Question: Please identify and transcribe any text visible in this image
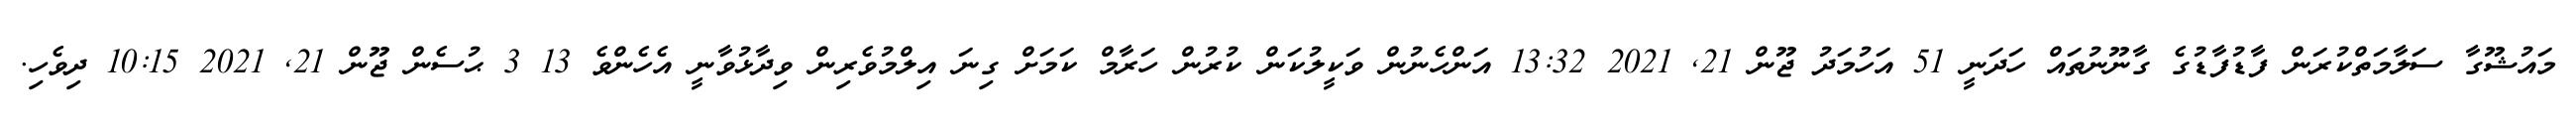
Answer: މައުޝޫގާ ސަލާމަތްކުރަން ފާޑުފާޑުގެ ގާނޫނުތައް ހަދަނީ 51 އަހުމަދު ޖޫން 21, 2021 13:32 އަންހެނުން ވަކީލުކަން ކުރުން ހަރާމް ކަމަށް ގިނަ އިލްމުވެރިން ވިދާޅުވާނީ އެހެންވެ 13 3 ޙުސެން ޖޫން 21, 2021 10:15 ދިވެހި.